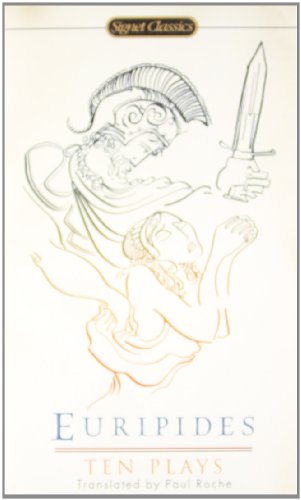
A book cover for Ten Plays (Signet Classics); Euripides; Literature & Fiction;